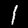
Label: 1